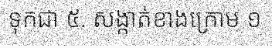
ទុកជា ៥. សង្កាត់ខាងក្រោម ១